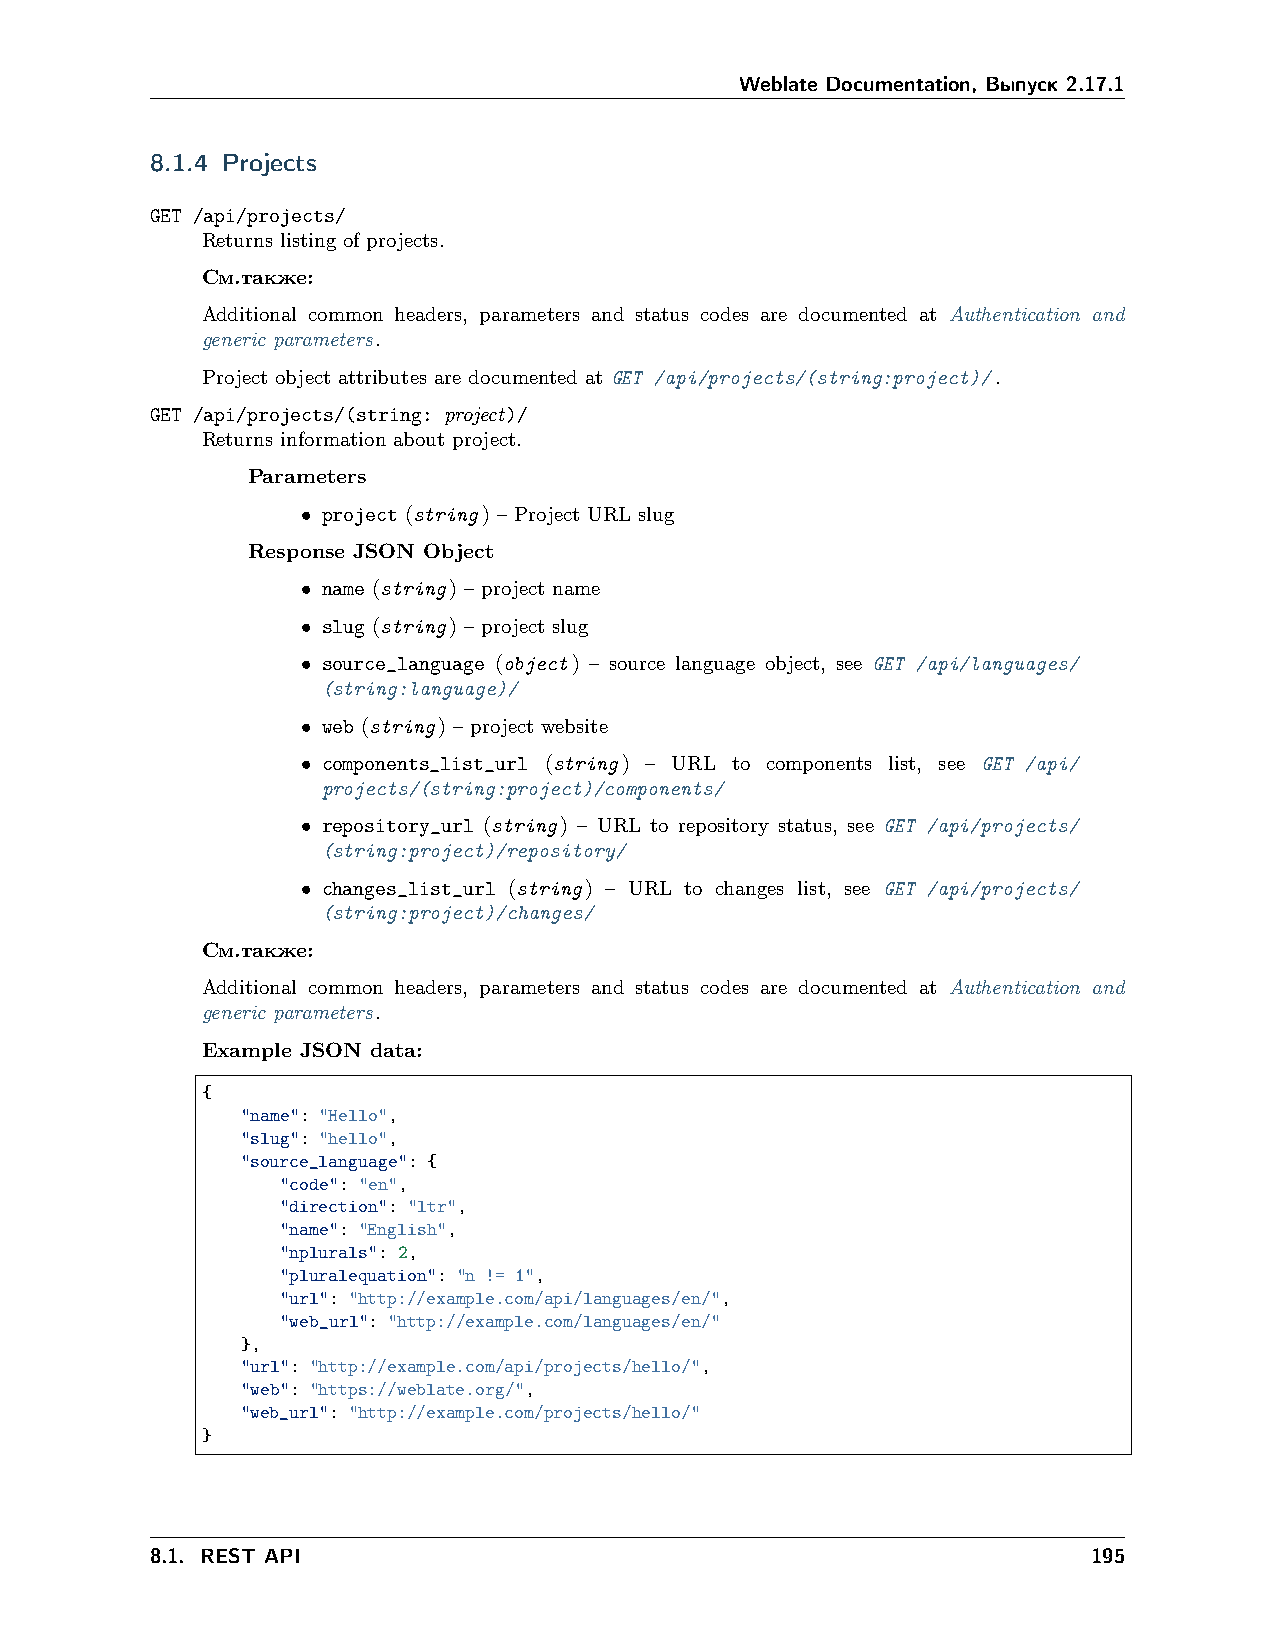
Weblate Documentation, Выпуск 2.17.1
 8.1.4 Projects
 GET /api/projects/
 Returns listing of projects.
 См.также:
 Additional common headers, parameters and status codes are documented at Authentication and
 generic parameters.
 Project object attributes are documented at GET /api/projects/(string:project)/.
 GET /api/projects/(string: project)/
 Returns information about project.
 Parameters
 • project (string) – Project URL slug
 Response JSON Object
 • name (string) – project name
 • slug (string) – project slug
 • source_language (object) – source language object, see GET /api/languages/
 (string:language)/
 • web (string) – project website
 • components_list_url (string) – URL to components list, see GET /api/
 projects/(string:project)/components/
 • repository_url (string) – URL to repository status, see GET /api/projects/
 (string:project)/repository/
 • changes_list_url (string) – URL to changes list, see GET /api/projects/
 (string:project)/changes/
 См.также:
 Additional common headers, parameters and status codes are documented at Authentication and
 generic parameters.
 Example JSON data:
 {
 "name": "Hello",
 "slug": "hello",
 "source_language": {
 "code": "en",
 "direction": "ltr",
 "name": "English",
 "nplurals": 2,
 "pluralequation": "n != 1",
 "url": "http://example.com/api/languages/en/",
 "web_url": "http://example.com/languages/en/"
 },
 "url": "http://example.com/api/projects/hello/",
 "web": "https://weblate.org/",
 "web_url": "http://example.com/projects/hello/"
 }
 8.1. REST API                                                 195